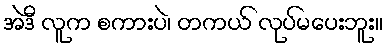
အဲဒီ လူက စကားပဲ၊ တကယ် လုပ်မပေးဘူး။